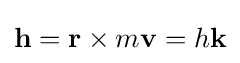
\mathbf {h} =\mathbf {r} \times m\mathbf {v} =h\mathbf {k}